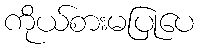
ကိုယ်စားမပြုပေ